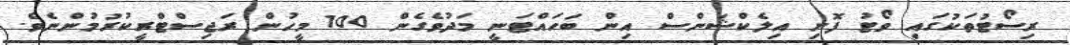
ރިސޯޓުތަކުގައި ވޯޓު ފޮށި އިލެކްޝަންސް އިން ބަހައްޓަނީ މަދުވެގެން 100 މީހުން ރަޖިސްޓްރީކުރުމުންނެވެ.